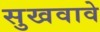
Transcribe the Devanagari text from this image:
सुखवावे